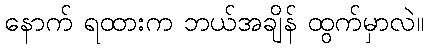
နောက် ရထားက ဘယ်အချိန် ထွက်မှာလဲ။